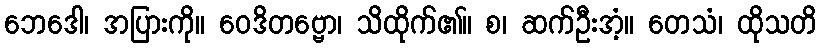
ဘေဒေါ၊ အပြားကို။ ဝေဒိတဗ္ဗော၊ သိထိုက်၏။ စ၊ ဆက်ဦးအံ့။ တေသံ၊ ထိုသတိ